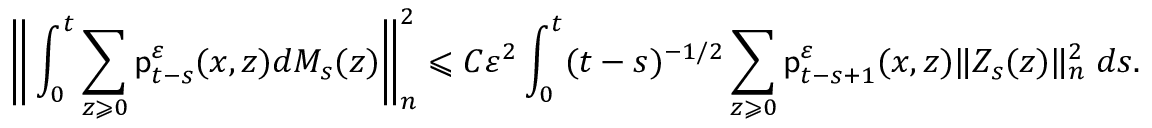
\bigg \| \int _ { 0 } ^ { t } \sum _ { z \geqslant 0 } \mathsf { p } _ { t - s } ^ { \varepsilon } ( x , z ) d M _ { s } ( z ) \bigg \| _ { n } ^ { 2 } \leqslant C \varepsilon ^ { 2 } \int _ { 0 } ^ { t } ( t - s ) ^ { - 1 / 2 } \sum _ { z \geqslant 0 } \mathsf { p } _ { t - s + 1 } ^ { \varepsilon } ( x , z ) \| Z _ { s } ( z ) \| _ { n } ^ { 2 } \; d s .